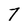
Character: 7